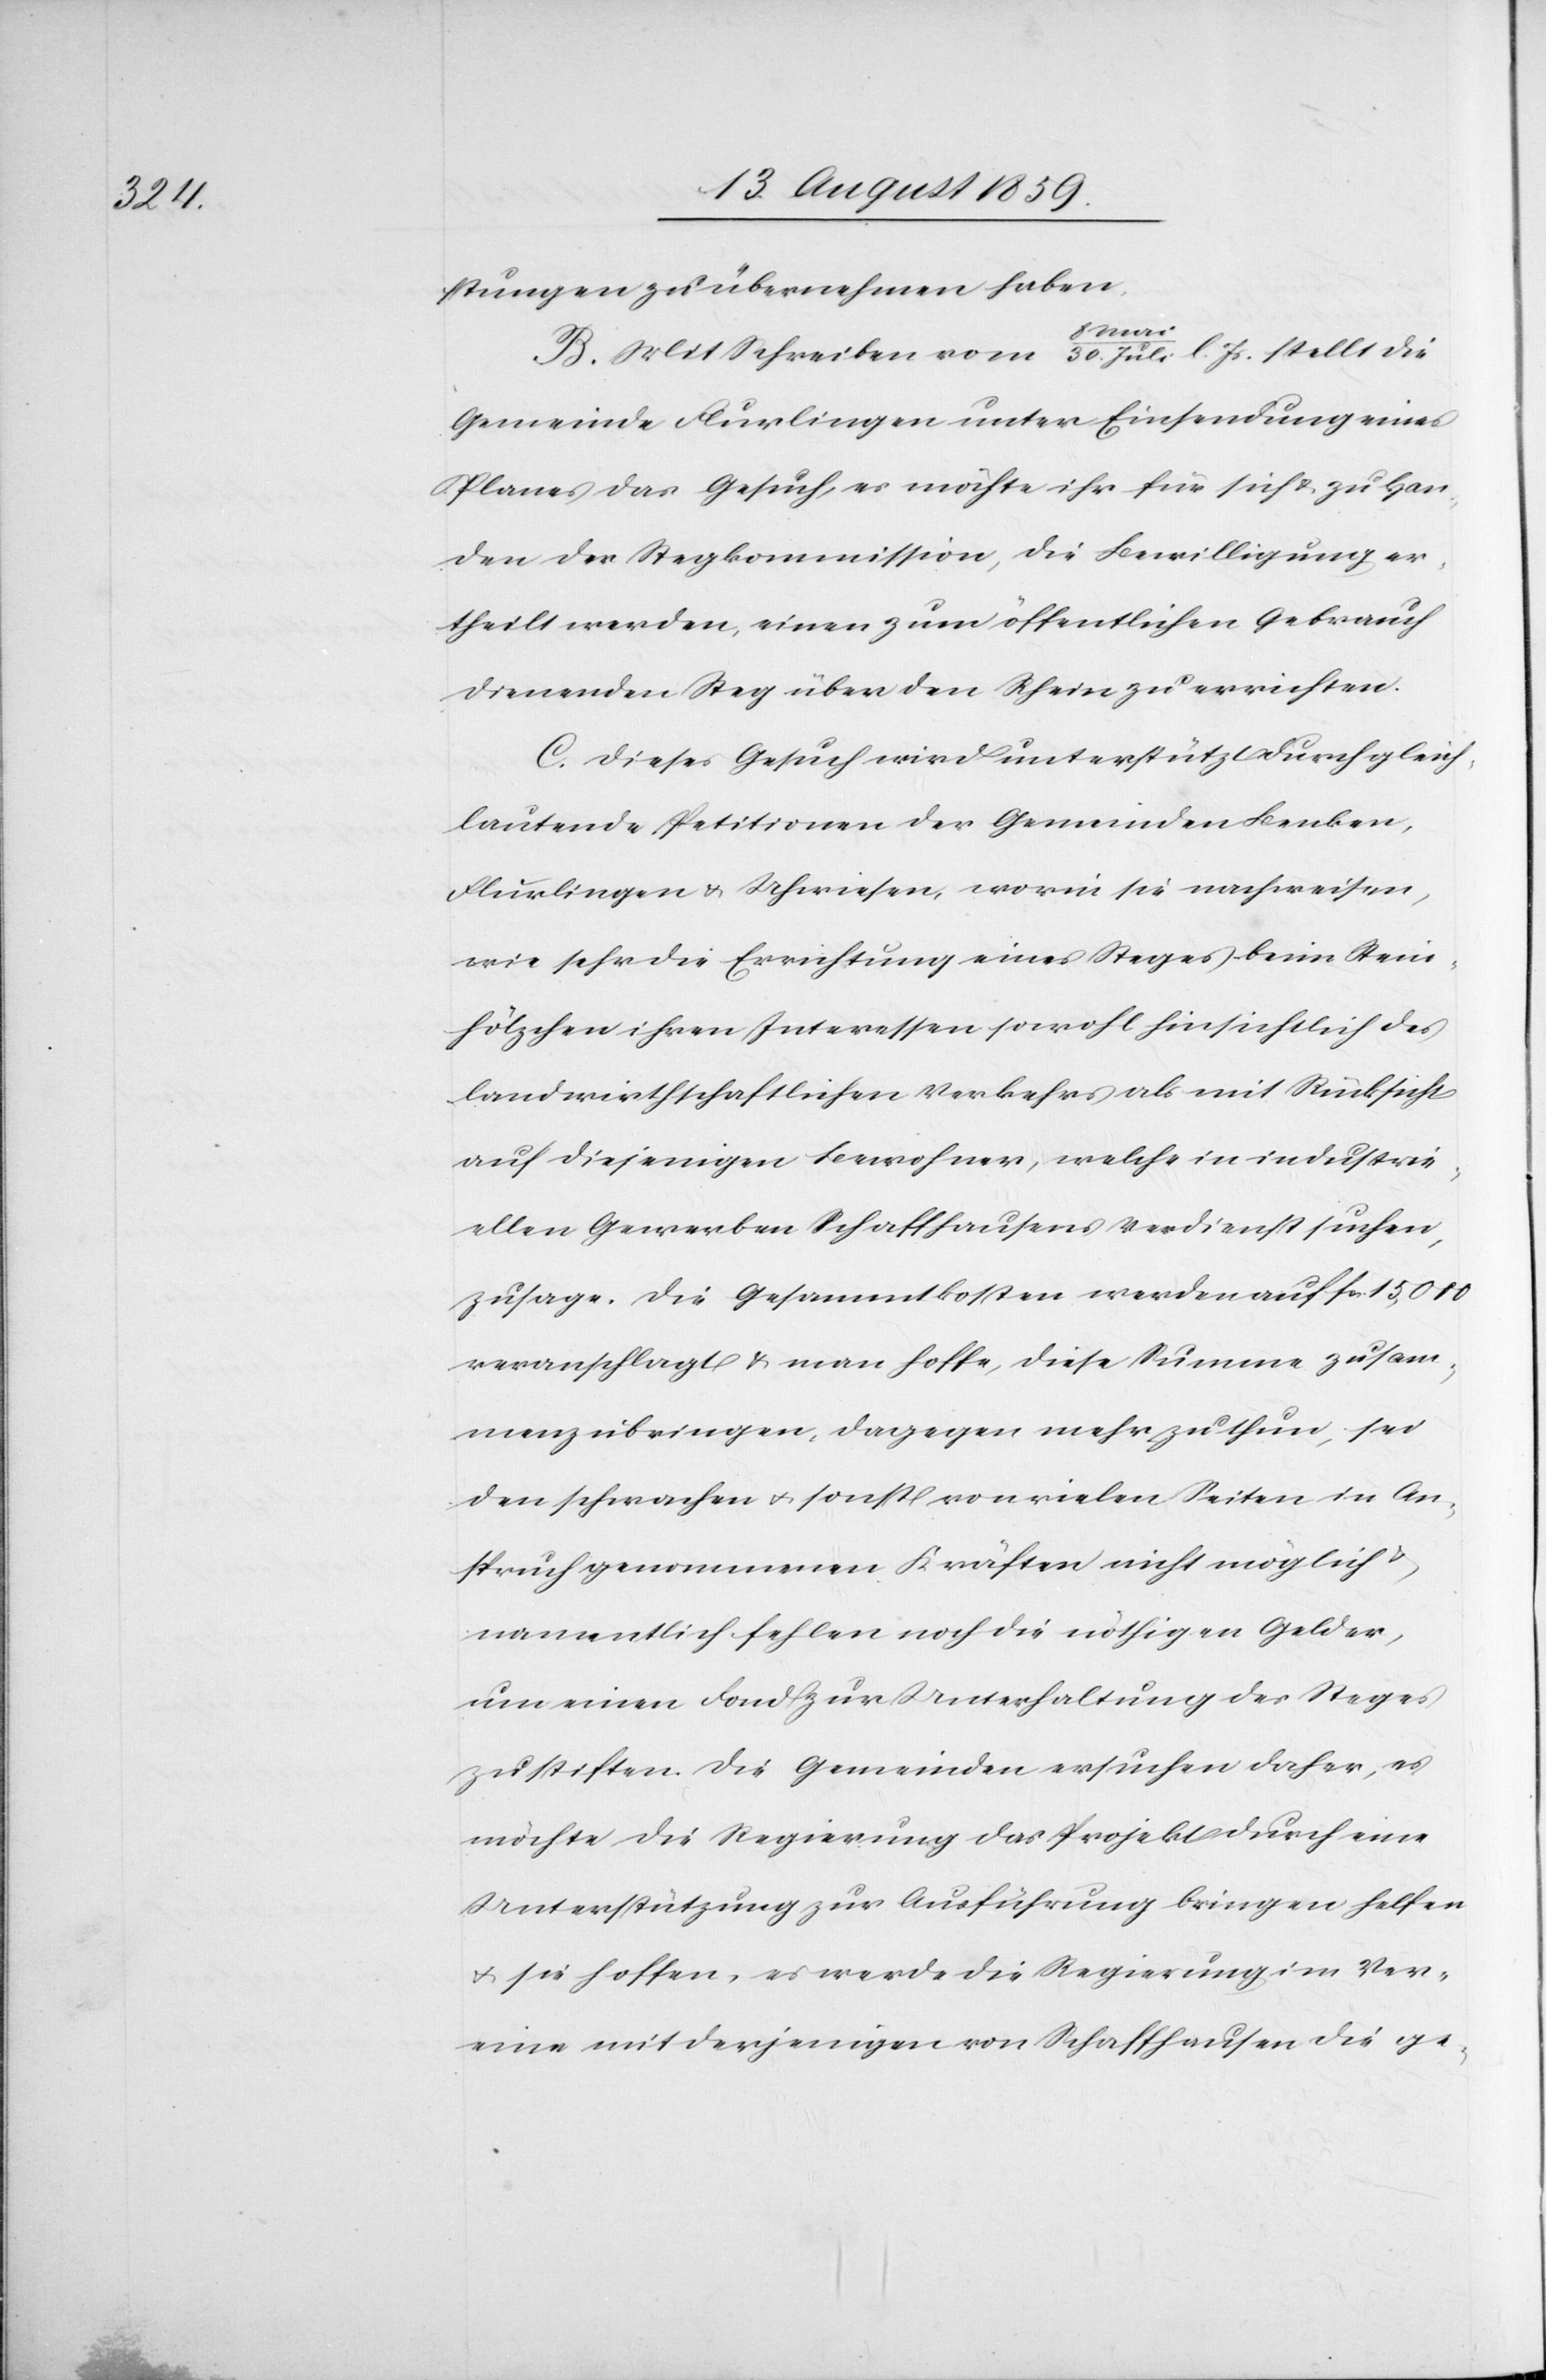
stungen zu übernehmen haben.
B. Mit Schreiben vom 8 Mai/30. Juli l. Js. stellt die
Gemeinde Flurlingen unter Einsendung eines
Planes das Gesuch, es möchte ihr für sich u. zu Han¬
den der Stegkommission, die Bewilligung er¬
theilt werden, einen zum öffentlichen Gebrauch
dienenden Steg über den Rhein zu errichten.
C. Dieses Gesuch wird unterstützt durch gleich¬
lautende Petitionen der Gemeinden Benken,
Flurlingen u. Uhwiesen, worin sie nachweisen,
wie sehr die Errichtung eines Steges beim Stein¬
hölzchen ihren Interessen sowohl hinsichtlich des
landwirtschaftlichen Verkehrs als mit Rücksicht
auf diejenigen Bewohner, welche in industrie¬
llen Gewerben Schaffhausens Verdienst suchen,
zusage. Die Gesammtkosten werden auf fcs. 15,000
veranschlagt u. man hoffe, diese Summe zusam¬
menzubringen, dagegen mehr zu thun, sei
den schwachen u. sonst von vielen Seiten in An¬
spruch genommenen Kräften nicht möglich u.
namentlich fehlen noch die nöthigen Gelder,
um einen Fond zur Unterhaltung des Steges
zu stiften. Die Gemeinden ersuchen daher, es
möchte die Regierung das Projekt durch eine
Unterstützung zur Ausführung bringen helfen
u. sie hoffen, es werde die Regierung im Ver¬
eine mit derjenigen von Schaffhausen die ge-